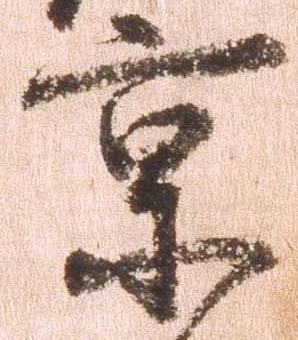
京